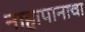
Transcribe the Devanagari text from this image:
नाहापानाचा